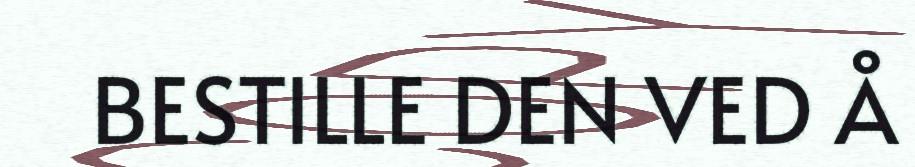
BESTILLE DEN VED Å